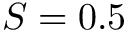
S = 0 . 5